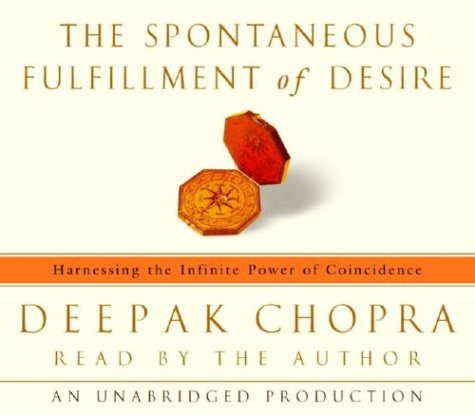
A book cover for The Spontaneous Fulfillment of Desire: Harnessing the Infinite Power of Coincidence; Deepak Chopra; Religion & Spirituality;